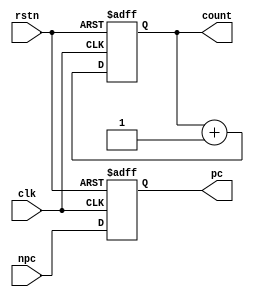
`timescale 1ns / 1ps
//////////////////////////////////////////////////////////////////////////////////
// Company: 
// Engineer: 
// 
// Design Name: 
// Module Name: PC
// Project Name: 
// Target Devices: 
// Tool Versions: 
// Description: 
// 
// Dependencies: 
// 
// Revision:
// Revision 0.01 - File Created
// Additional Comments:
// 
//////////////////////////////////////////////////////////////////////////////////


module PC(
    input [31: 0] npc,
    input clk,
    input rstn,
    output reg [31: 0]pc,
    output reg [31: 0]count
    );
    always @(posedge clk, negedge rstn) begin
        if(!rstn) begin
            pc <= 32'h0;
            count <= 32'h0;
        end
        else begin
            pc <= npc;
            count <= count + 1;
        end
    end
endmodule